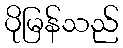
ပိုမြန်သည်